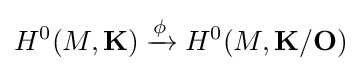
H^{0}(M,\mathbf {K} )\xrightarrow {\phi } H^{0}(M,\mathbf {K} /\mathbf {O} )